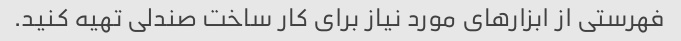
فهرستی از ابزارهای مورد نیاز برای کار ساخت صندلی تهیه کنید.